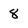
Character: 8